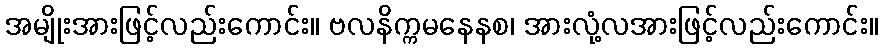
အမျိုးအားဖြင့်လည်းကောင်း။ ဗလနိက္ကမနေနစ၊ အားလုံ့လအားဖြင့်လည်းကောင်း။